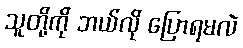
သူတို့ကို ဘယ်လို ပြောရမလဲ